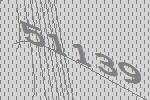
51139